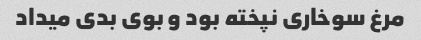
مرغ سوخاری نپخته بود و بوی بدی میداد